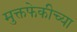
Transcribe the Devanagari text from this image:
मुक्तफेकीच्या